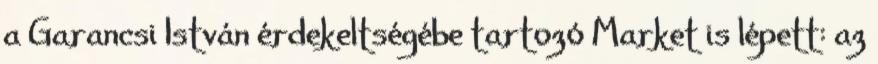
a Garancsi István érdekeltségébe tartozó Market is lépett: az